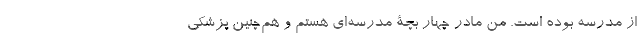
از مدرسه بوده است. من مادر چهار بچۀ مدرسه‌ای هستم و هم‌چنین پزشکی